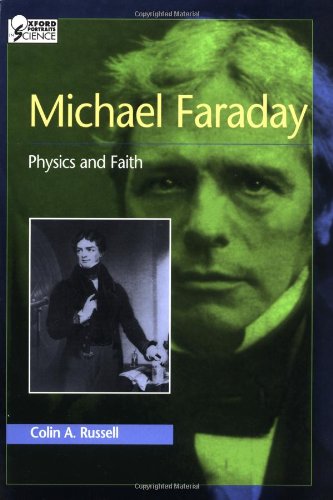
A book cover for Michael Faraday: Physics and Faith (Oxford Portraits in Science); Colin A. Russell; Teen & Young Adult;